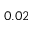
0 . 0 2